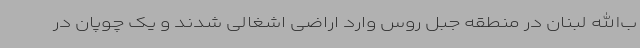
ب‌الله لبنان در منطقه جبل روس وارد اراضی اشغالی شدند و یک چوپان در